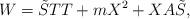
LaTeX: \begin{align*}W=\tilde{S}TT+mX^2+XA\tilde{S}, \end{align*}